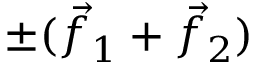
\pm ( { \vec { f } } _ { 1 } + { \vec { f } } _ { 2 } )